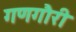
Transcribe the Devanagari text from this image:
गणगौरी